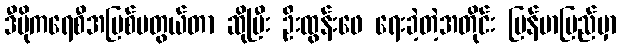
ဒီမိုကရေစီအမြစ်မတွယ်တာ ဆိုပြီး ဦးထွန်းဖေ ရေးခဲ့တဲ့အတိုင်း မြန်မာပြည်မှာ